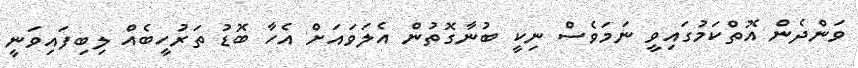
ވަންދެން އޮތްކަމުގައިވީ ނަމަވެސް ނިކީ ބުނާގޮތުން އެލަވައަށް އެހާ ބޮޑު ތަރުހީބެއް ލިބިފައިވަނީ